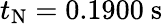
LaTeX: t_{\mathrm{N}}=0.1900~\mathrm{s}